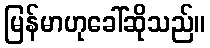
မြန်မာဟုခေါ်ဆိုသည်။